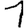
Digit: 1